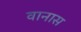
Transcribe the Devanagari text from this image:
वानास